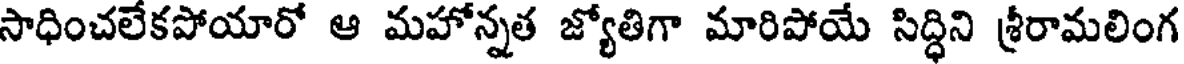
సాధించలేకపోయారో ఆ మహోన్నత జ్యోతిగా మారిపోయే సిద్ధిని శ్రీరామలింగ